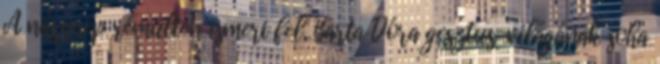
A násznép rémülten ismeri fel, Barta Dóra gesztus-világának soha